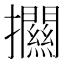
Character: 𢹶